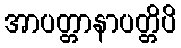
အာပတ္တာနာပတ္တိပိ